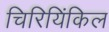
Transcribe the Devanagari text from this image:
चिरियिंकिल